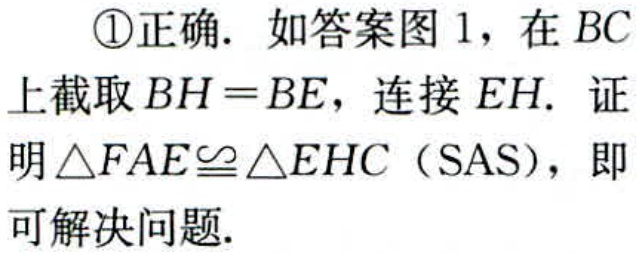
\textcircled{1}正确. 如答案图 1，在 \(BC\) 上截取 \(BH = BE\)，连接 \(EH\). 证明 \(\triangle FAE\cong\triangle EHC\)（SAS），即可解决问题.